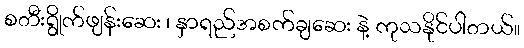
စတီးရွိုက်ဖျန်းဆေး ၊ နှာရည်အစက်ချဆေး နဲ့ ကုသနိုင်ပါတယ်။